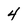
Character: 4